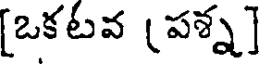
[ఒకటవ (పశ్న]